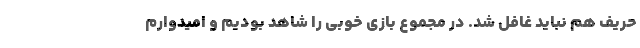
حریف هم نباید غافل شد. در مجموع بازی خوبی را شاهد بودیم و امیدوارم